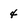
Character: 4